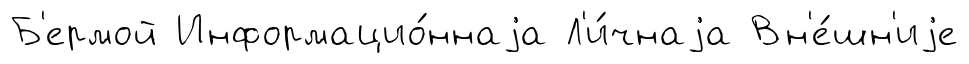
Б'ермой Информацио́ннаjа Л'и́чнаjа Вн'е́шн'иjе